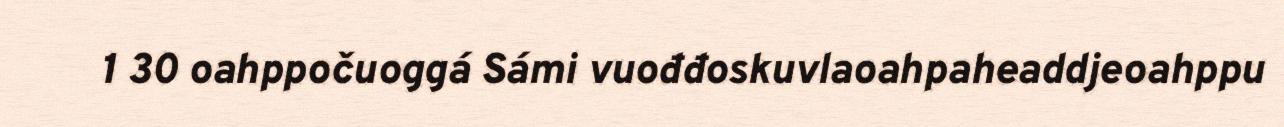
1 30 oahppočuoggá Sámi vuođđoskuvlaoahpaheaddjeoahppu